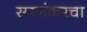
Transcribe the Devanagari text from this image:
सरणंकरचा